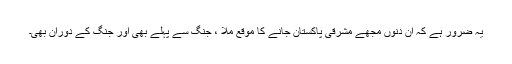
یہ ضرور ہے کہ ان دنوں مجھے مشرقی پاکستان جانے کا موقع ملا ، جنگ سے پہلے بھی اور جنگ کے دوران بھی۔